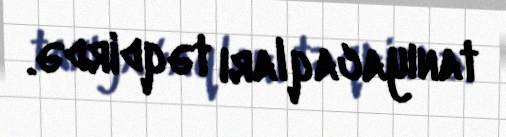
tanıyacaqları təqdirdə.